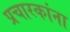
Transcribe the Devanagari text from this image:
प्रचारकांना